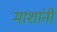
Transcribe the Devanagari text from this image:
माशांनी